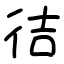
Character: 㣟